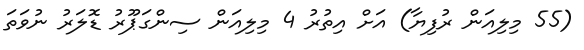
(55 މިލިއަން ރުފިޔާ) އަށް އިތުރު 4 މިލިއަން ސިންގަޕޫރު ޑޮލަރު ނުވަތަ